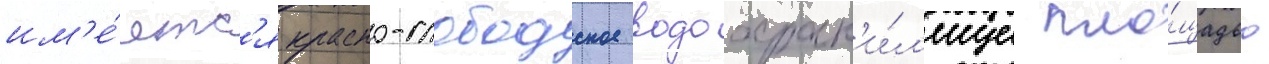
им'е́етс'я красно-слободское водохран'и́л'ище пло́щадью